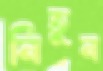
নিতুন